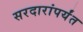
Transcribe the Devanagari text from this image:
सरदारांपर्यंत